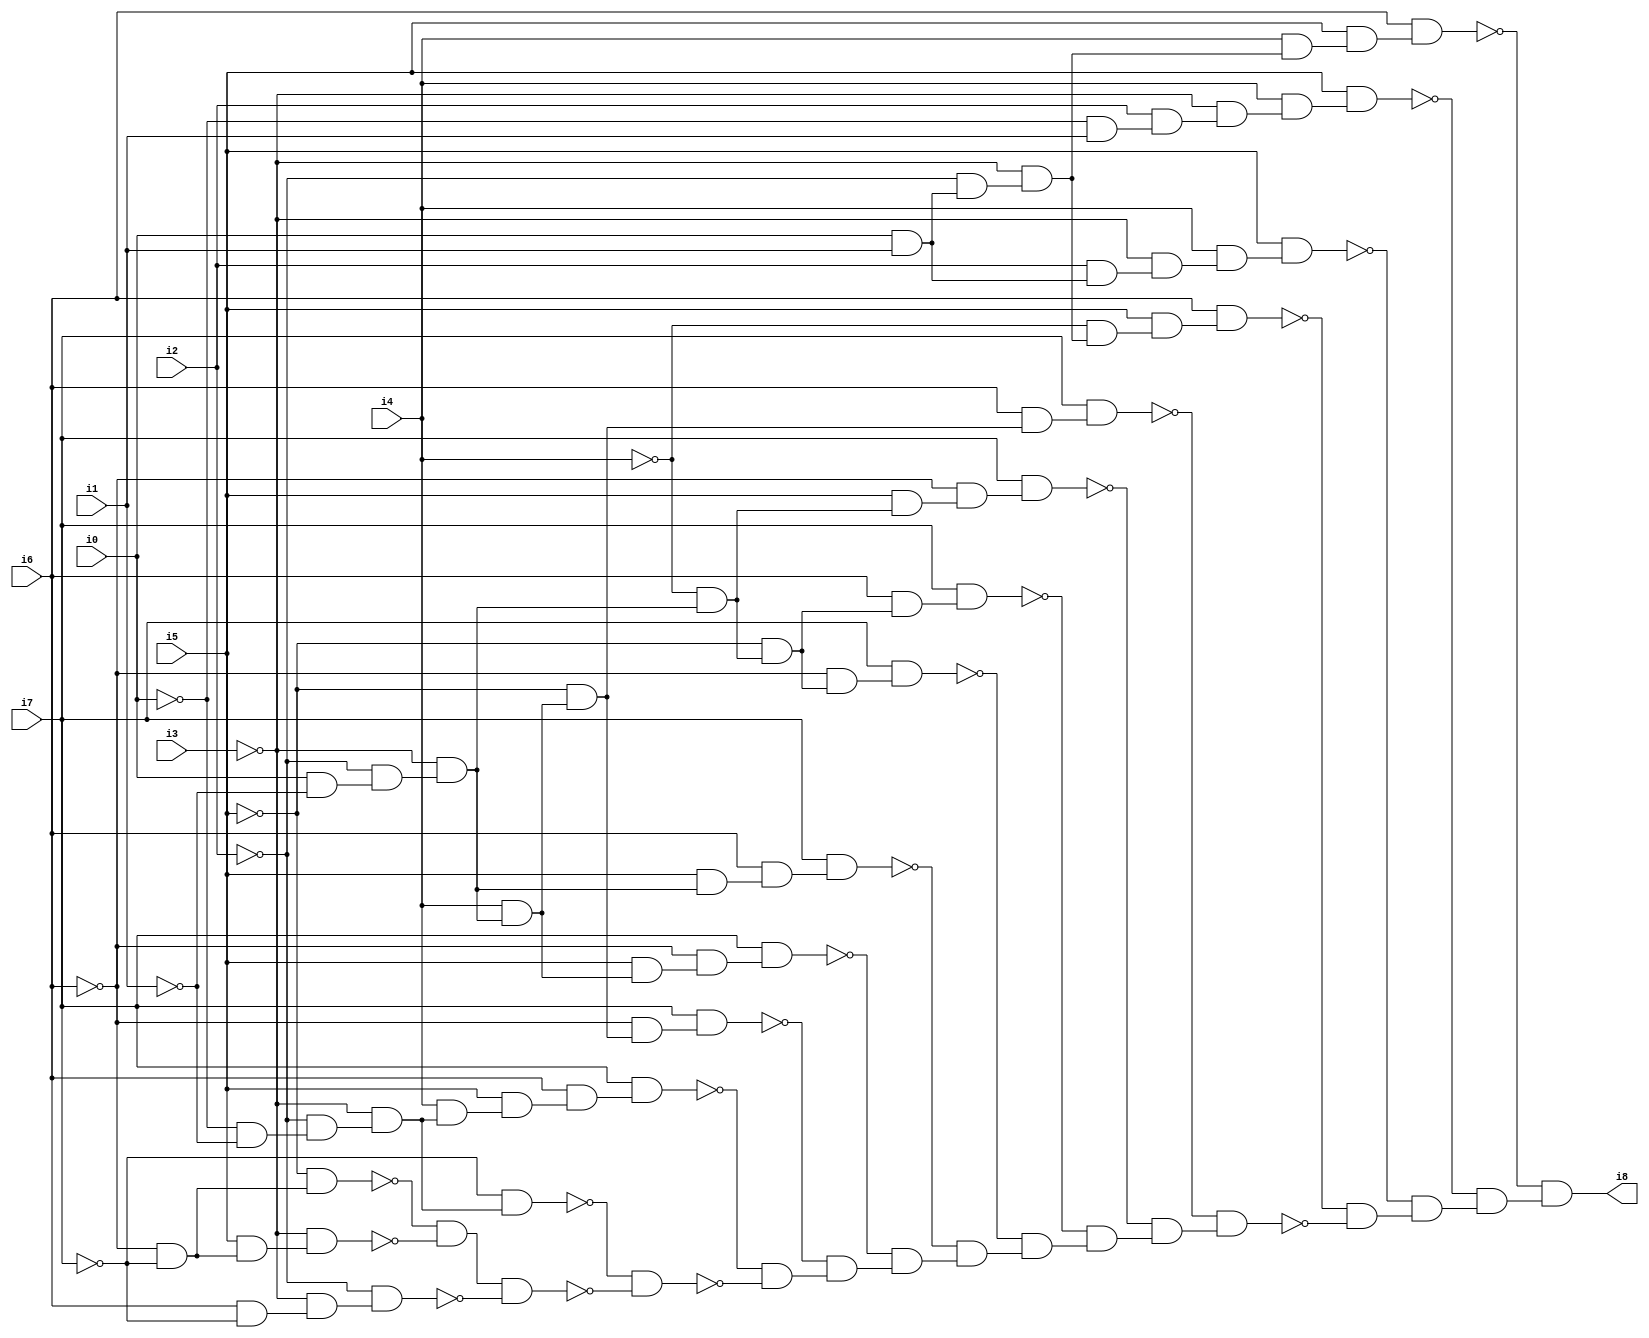
// Benchmark "SKOLEMFORMULA" written by ABC on Mon May  4 15:54:05 2020

module SKOLEMFORMULA ( 
    i0, i1, i2, i3, i4, i5, i6, i7,
    i8  );
  input  i0, i1, i2, i3, i4, i5, i6, i7;
  output i8;
  wire n10, n11, n12, n13, n14, n15, n16, n17, n18, n19, n20, n21, n22, n23,
    n24, n25, n26, n27, n28, n29, n30, n31, n32, n33, n34, n35, n36, n37,
    n38, n39, n40, n41, n42, n43, n44, n45, n46, n47, n48, n49, n50, n51,
    n52, n53, n54, n55, n56, n57, n58, n59, n60, n61, n62, n63, n64, n65,
    n66, n67, n68, n69, n70, n71, n72, n73, n74, n75, n76, n77, n78, n79,
    n80;
  assign n10 = ~i0 & ~i1;
  assign n11 = ~i2 & n10;
  assign n12 = ~i3 & n11;
  assign n13 = ~i7 & n12;
  assign n14 = i4 & n12;
  assign n15 = i5 & n14;
  assign n16 = i6 & n15;
  assign n17 = i7 & n16;
  assign n18 = i0 & ~i1;
  assign n19 = ~i2 & n18;
  assign n20 = ~i3 & n19;
  assign n21 = i4 & n20;
  assign n22 = ~i5 & n21;
  assign n23 = ~i6 & n22;
  assign n24 = i7 & n23;
  assign n25 = i5 & n21;
  assign n26 = ~i6 & n25;
  assign n27 = i7 & n26;
  assign n28 = i5 & n20;
  assign n29 = i6 & n28;
  assign n30 = i7 & n29;
  assign n31 = ~i4 & n20;
  assign n32 = ~i5 & n31;
  assign n33 = ~i6 & n32;
  assign n34 = i7 & n33;
  assign n35 = i6 & n32;
  assign n36 = i7 & n35;
  assign n37 = i5 & n31;
  assign n38 = ~i6 & n37;
  assign n39 = i7 & n38;
  assign n40 = i6 & n22;
  assign n41 = i7 & n40;
  assign n42 = i0 & i1;
  assign n43 = ~i2 & n42;
  assign n44 = ~i3 & n43;
  assign n45 = ~i4 & n44;
  assign n46 = i5 & n45;
  assign n47 = i6 & n46;
  assign n48 = i2 & n42;
  assign n49 = ~i3 & n48;
  assign n50 = i4 & n49;
  assign n51 = i5 & n50;
  assign n52 = ~i0 & i1;
  assign n53 = i2 & n52;
  assign n54 = ~i3 & n53;
  assign n55 = i4 & n54;
  assign n56 = i5 & n55;
  assign n57 = i4 & n44;
  assign n58 = i5 & n57;
  assign n59 = i6 & n58;
  assign n60 = ~i6 & ~i7;
  assign n61 = ~i5 & n60;
  assign n62 = i5 & n60;
  assign n63 = ~i3 & n62;
  assign n64 = ~n61 & ~n63;
  assign n65 = i6 & ~i7;
  assign n66 = ~i3 & n65;
  assign n67 = ~i2 & n66;
  assign n68 = n64 & ~n67;
  assign n69 = ~n13 & ~n68;
  assign n70 = ~n17 & ~n69;
  assign n71 = ~n24 & n70;
  assign n72 = ~n27 & n71;
  assign n73 = ~n30 & n72;
  assign n74 = ~n34 & n73;
  assign n75 = ~n36 & n74;
  assign n76 = ~n39 & n75;
  assign n77 = ~n41 & n76;
  assign n78 = ~n47 & ~n77;
  assign n79 = ~n51 & n78;
  assign n80 = ~n56 & n79;
  assign i8 = ~n59 & n80;
endmodule